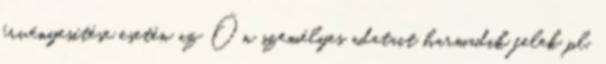
érvényesítése esetén az Ön személyes adatait harmadik felek pl.